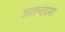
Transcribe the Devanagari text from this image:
ज्ञातचंद्रमा